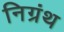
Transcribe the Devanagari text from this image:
निग्रंथ